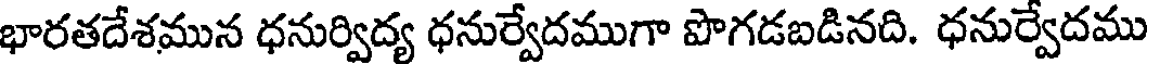
భారతదేశమున ధనుర్విద్య ధనుర్వేదముగా పొగడబడినది. ధనుర్వేదము